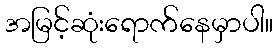
အမြင့်ဆုံးရောက်နေမှာပါ။